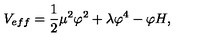
V _ { e f f } = \frac { 1 } { 2 } \mu ^ { 2 } \varphi ^ { 2 } + \lambda \varphi ^ { 4 } - \varphi H ,